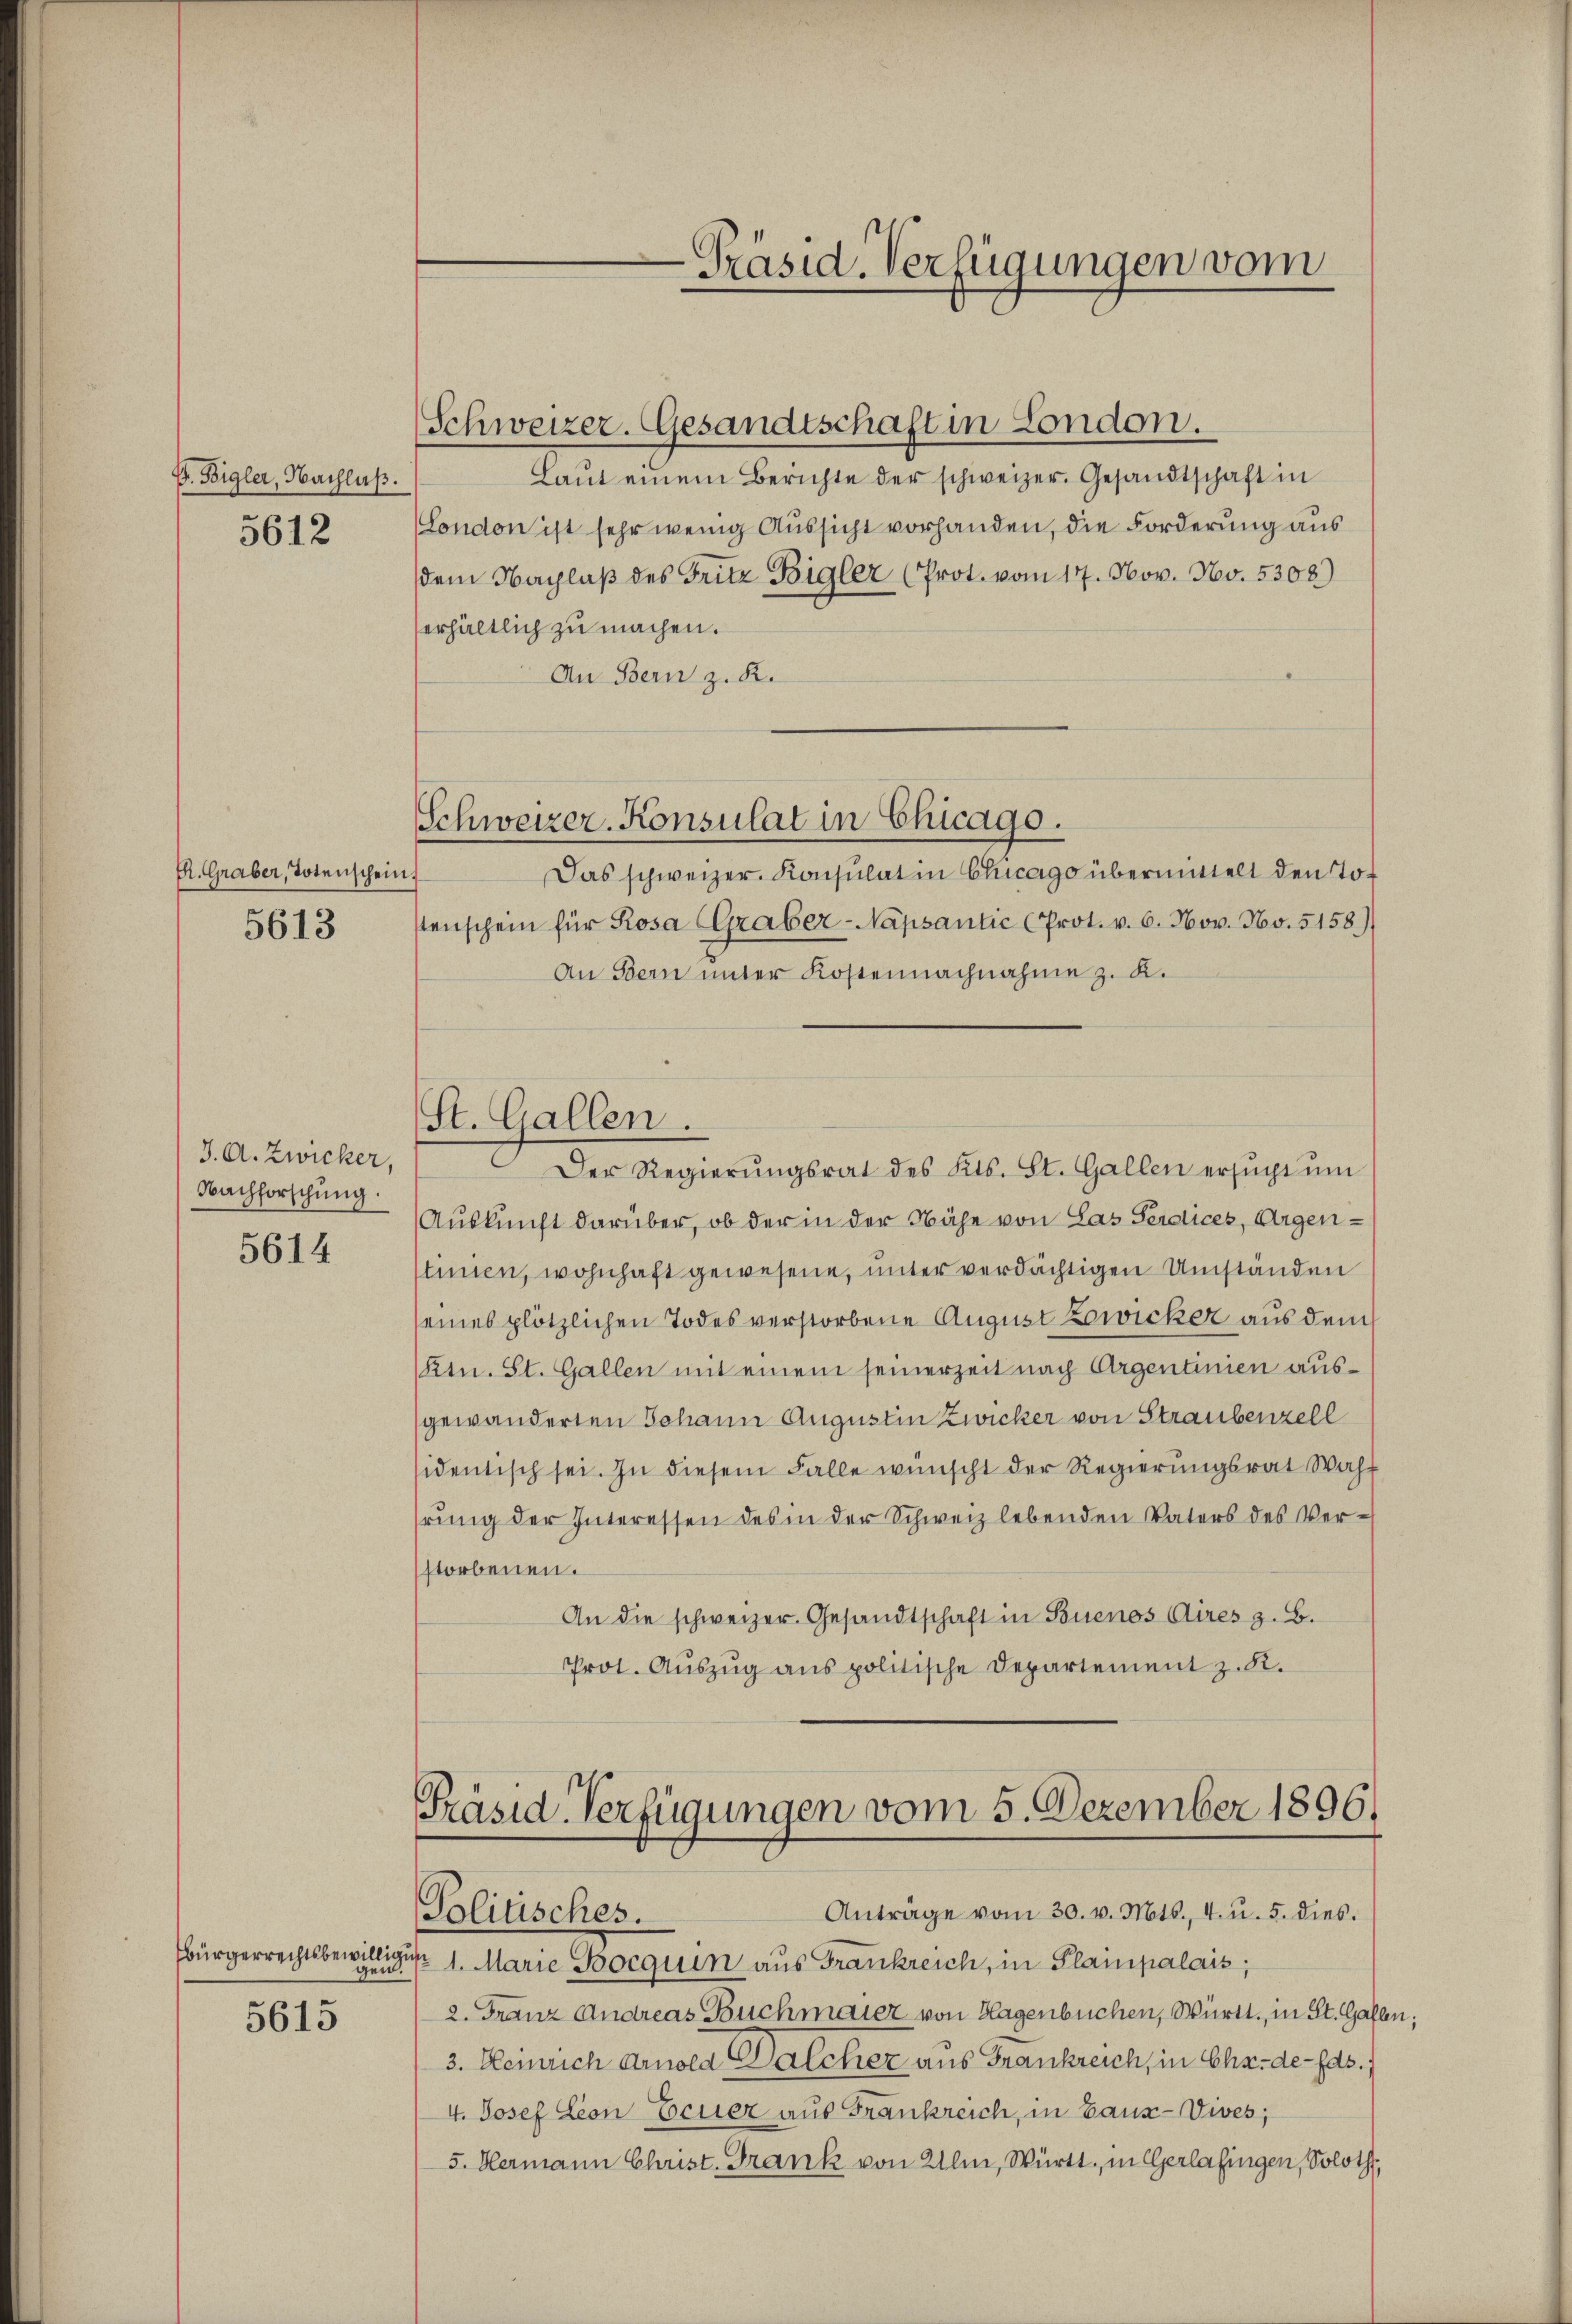
F. Bigler, Nachlaß.
5612

K. Graber, Totenschein
5613

J. A. Zwicker,
Nachforschung

5614

sbürgerrechtsbewillige

5615

Schweizer. Konsulat in Chicago.

-Präsid. Verfügungen vom

Lant einem Berichte der schweizer. Gesandtschaft in
London ist sehr wenig Aussicht vorhanden, die Forderung aus
dem Nachlaβ des Fritz Bigler (Prot. vom 17. Nov. No. 5308)
erhältlich zu machen.
An Bern z. R.
Das schweizer. Konsulat in Chicago übermittelt den Tostenschein für Rosa (Graber-Napsantic (Prot. v. 6. Nov. No. 5158)
An Bern unter Kostennachnahme z. K.
St. Gallen.
Der Regierŭngsrat des Kts. St. Gallen ersŭcht ŭm
Auskunft darüber, ob der in der Nähe von Las Ferdices, Argenstinien, wohnhaft gewesene, unter verdächtigen Umständen
seines plötzlichen Todesverstorbene August Zwicker aus dem
Ktn. St. Gallen mit einem seinerzeit nach Argentinien ausgewänderten Johann Augustin Zwicker von Straubenzell
sidentisch sei. In diesem Falle wünscht der Regierungsrat Wahrŭng der Interessen des in der Schweiz lebenden Vaters des Verstorbenen.
An die schweizer. Gesandtschaft in Buenos Aires z. B.
Prot. Auszug aus politische Departement z. B.

Schweizer. Gesandtschaft in London.

Präsid. Verfügungen vom 5. Dezember 1896.
Anträge vom 30. v. Mts., 4. u. 5. dies
Politisches.

Nr. 1. Marie Bocquin aus Frankreich, in Plampalais;
2. Franz Andreas Buchmaier von Hagenbuchen, Württ., in St. Gallen;
3. Heinrich Area Walcher aus Frankreich, in Cha-de-Fas.
4. Josef Leon Feuer aus Frankreich, in Baus-Vives;
5. Hermann Christ. Frank von Ulm, Württ. in Gerlafingen, Soloth,